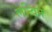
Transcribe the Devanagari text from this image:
लन्विन